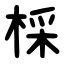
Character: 棌